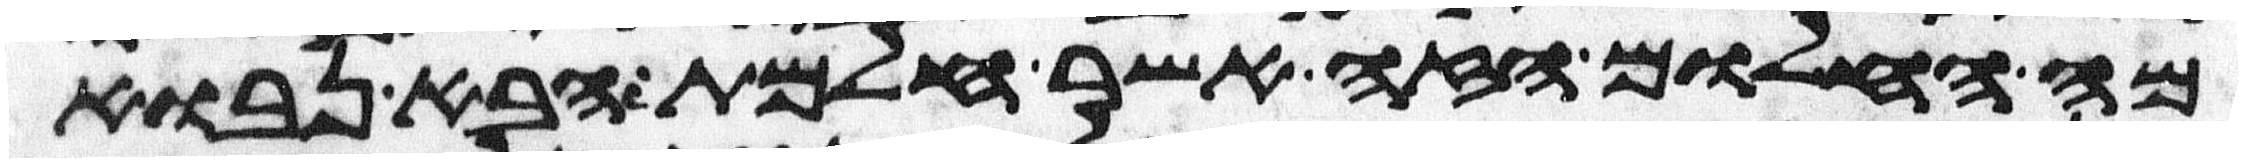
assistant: מה החלום הזה אשר חלמת הבא נבוא